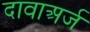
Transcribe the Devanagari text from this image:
दावाअर्ज